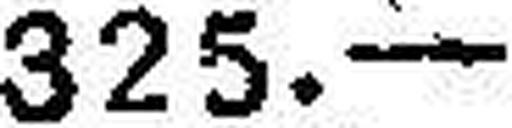
325.—